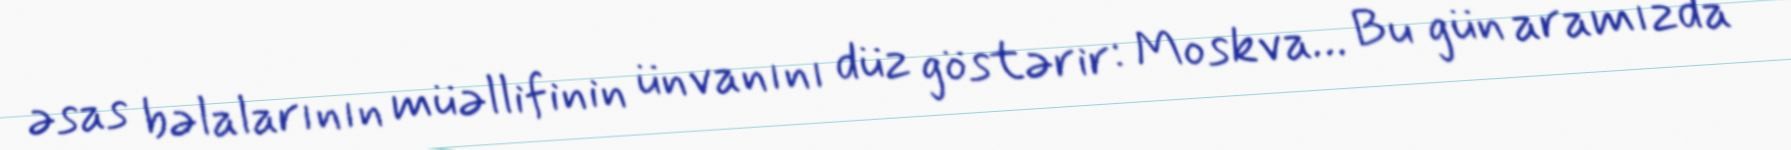
əsas bəlalarının müəllifinin ünvanını düz göstərir: Moskva… Bu gün aramızda